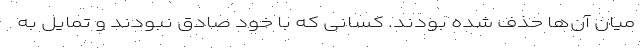
میان آن‌ها حذف شده بودند. کسانی که با خود صادق نبودند و تمایل به